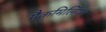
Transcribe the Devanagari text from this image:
मैकमिलियन